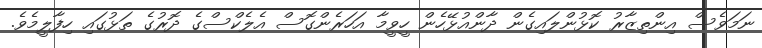
ނަމަވެސް އިންތިޒާރު ކޮޅުންލައިގެން ދާންއުޅޭހެން ހީވީމާ އަހަރެންގޮސް އެލެކްސްގެ ދޮރުގެ ތަޅުގައި ހިފާލީމެވެ.